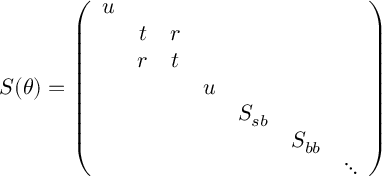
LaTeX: S ( \theta ) = \left( \begin{array} { c c c c c c c } { { u } } & { { } } & { { } } & { { } } & { { } } & { { } } & { { } } \\ { { } } & { { t } } & { { r } } & { { } } & { { } } & { { } } & { { } } \\ { { } } & { { r } } & { { t } } & { { } } & { { } } & { { } } & { { } } \\ { { } } & { { } } & { { } } & { { u } } & { { } } & { { } } & { { } } \\ { { } } & { { } } & { { } } & { { } } & { { S _ { s b } } } & { { } } & { { } } \\ { { } } & { { } } & { { } } & { { } } & { { } } & { { S _ { b b } } } & { { } } \\ { { } } & { { } } & { { } } & { { } } & { { } } & { { } } & { { \ddots } } \end{array} \right)